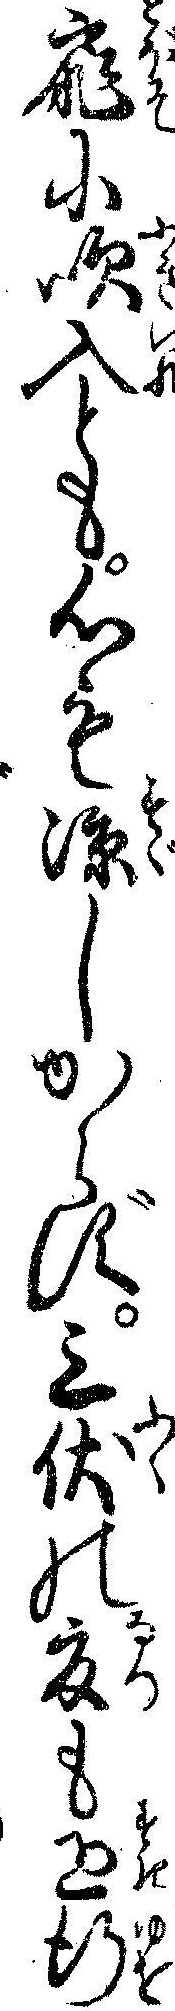
扉に吹入とも心も涼しからず三伏の夏も過行